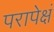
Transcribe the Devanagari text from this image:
परापेक्षं